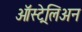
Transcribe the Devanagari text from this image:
ऑस्ट्रेलिअन